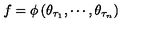
f = \phi \left( \theta _ { \tau _ { 1 } } , \cdots , \theta _ { \tau _ { n } } \right)